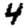
Digit: 4